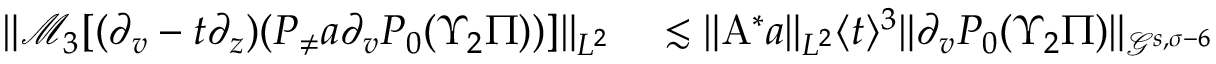
\begin{array} { r l } { \| \mathcal { M } _ { 3 } [ ( \partial _ { v } - t \partial _ { z } ) ( P _ { \neq } a \partial _ { v } P _ { 0 } ( \Upsilon _ { 2 } \Pi ) ) ] \| _ { L ^ { 2 } } } & { { } \lesssim \| \mathrm { A } ^ { * } a \| _ { L ^ { 2 } } \langle t \rangle ^ { 3 } \| \partial _ { v } P _ { 0 } ( \Upsilon _ { 2 } \Pi ) \| _ { \mathcal { G } ^ { s , \sigma - 6 } } } \end{array}